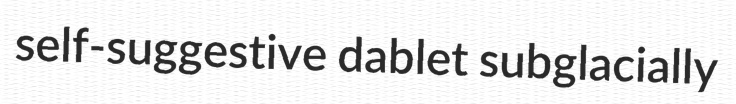
self-suggestive dablet subglacially